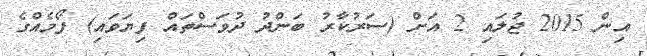
އިން 2015 ޖުލައި 2 އަށް (ސަރުކާރު ބަންދު ދުވަސްތައް ފިޔަވައި) ފޯމެއްގެ